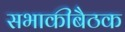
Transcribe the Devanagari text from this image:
सभाकीबैठक